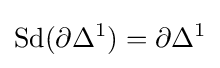
\operatorname {Sd} (\partial \Delta ^{1})=\partial \Delta ^{1}